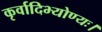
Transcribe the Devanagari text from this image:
कृर्वादिभ्योण्यः।